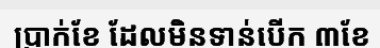
ប្រាក់ខែ ដែលមិនទាន់បើក ៣ខែ